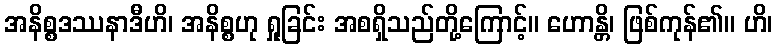
အနိစ္စဒဿနာဒီဟိ၊ အနိစ္စဟု ရှုခြင်း အစရှိသည်တို့ကြောင့်။ ဟောန္တိ၊ ဖြစ်ကုန်၏။ ဟိ၊